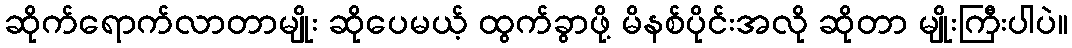
ဆိုက်ရောက်လာတာမျိုး ဆိုပေမယ့် ထွက်ခွာဖို့ မိနစ်ပိုင်းအလို ဆိုတာ မျိုးကြီးပါပဲ။